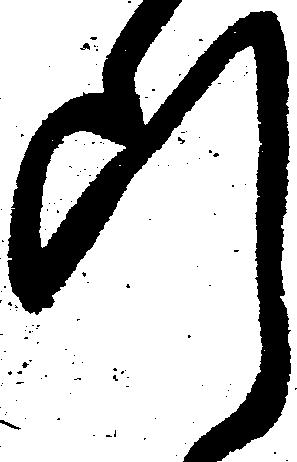
断